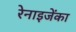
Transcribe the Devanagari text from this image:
रेनाइजेंका